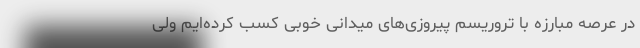
در عرصه مبارزه با تروریسم پیروزی‌های میدانی خوبی کسب کرده‌ایم ولی